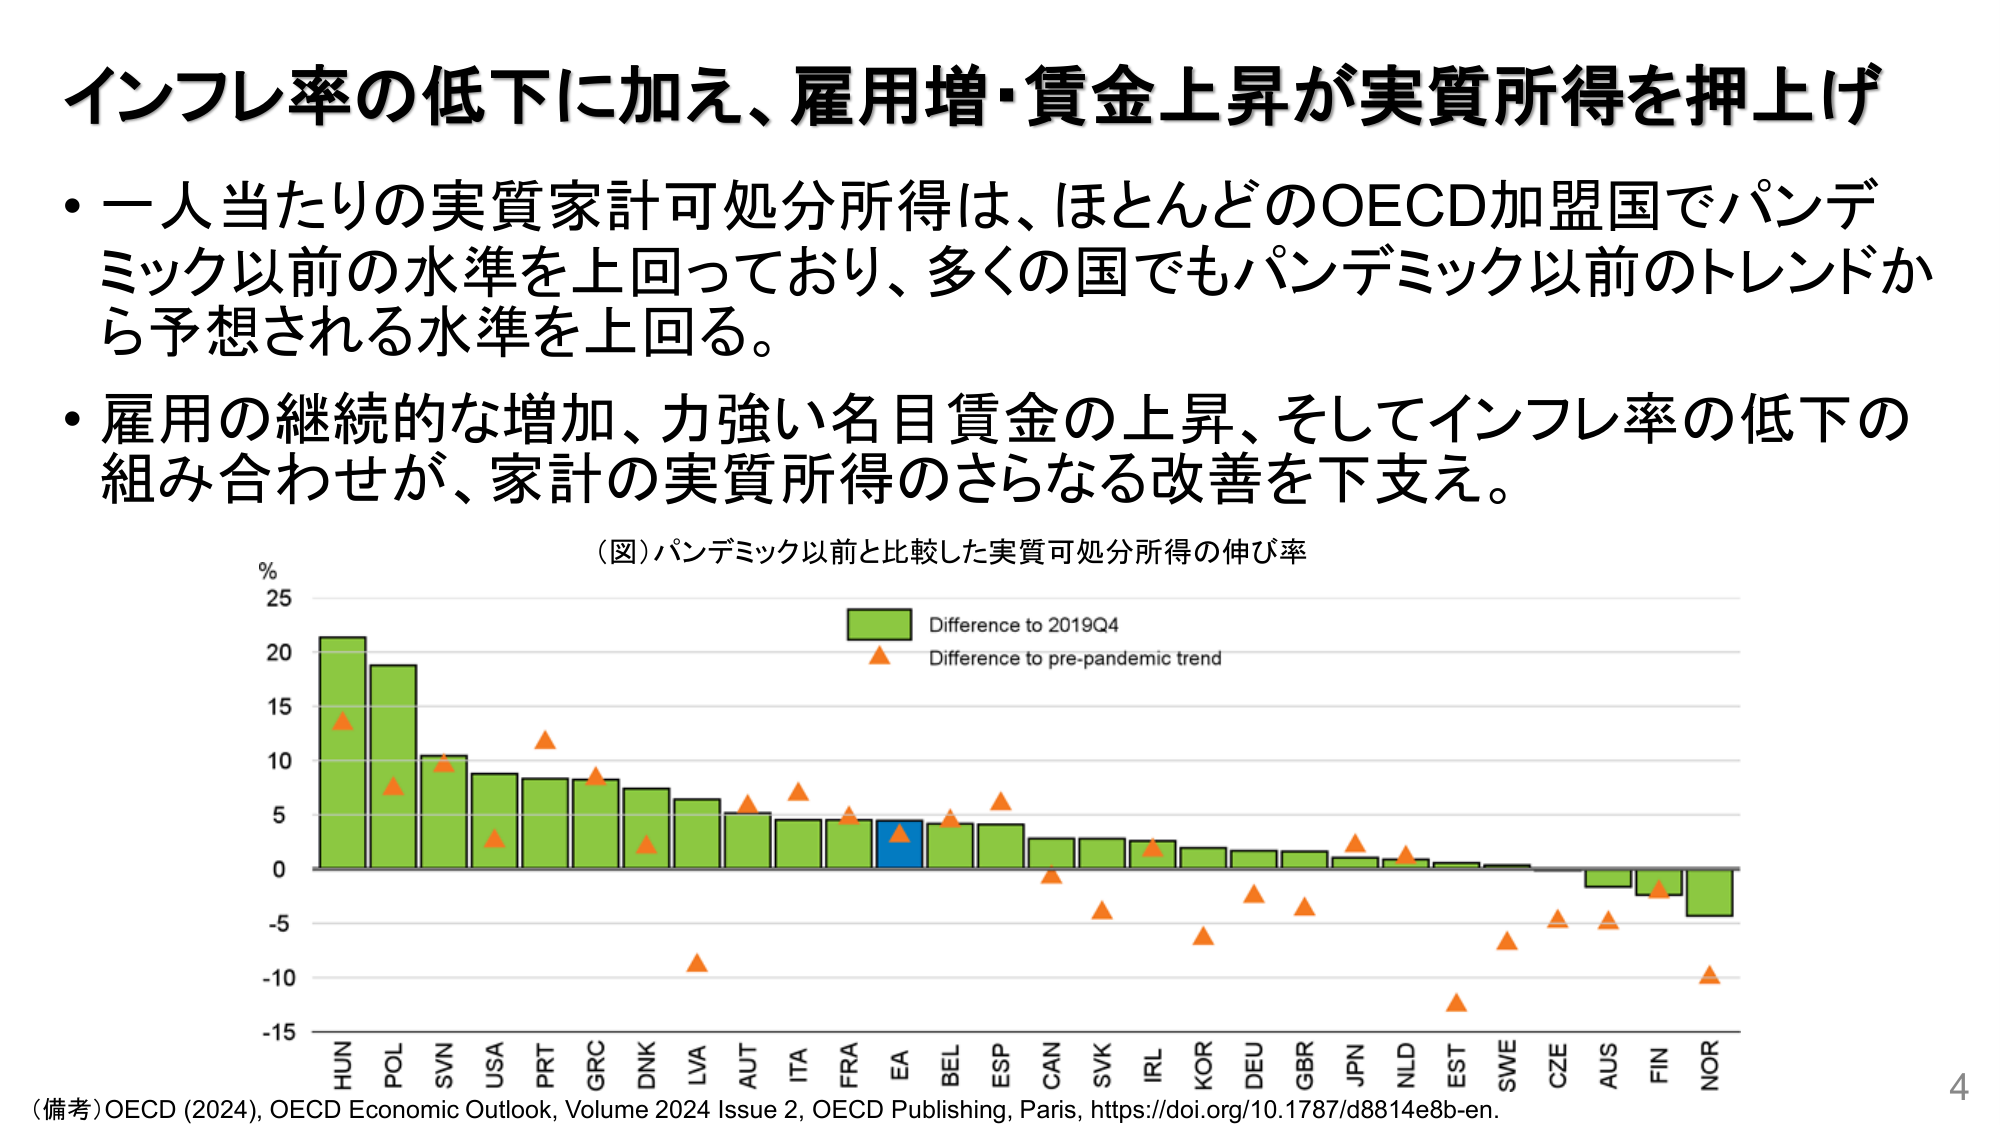
インフレ率の低下に加え、雇用増・賃金上昇が実質所得を押上げ

・一人当たりの実質家計可処分所得は、ほとんどのOECD加盟国でパンデミック以前の水準を上回っており、多くの国でもパンデミック以前のトレンドから予想される水準を上回る。

・雇用の継続的な増加、力強い名目賃金の上昇、そしてインフレ率の低下の組み合わせが、家計の実質所得のさらなる改善を下支え。

（図）パンデミック以前と比較した実質可処分所得の伸び率

%
25
20
15
10
5
0
-5
-10
-15

HUN POL SVN USA PRT GRC DNK LVA AUT ITA FRA EA BEL ESP CAN SVK IRL KOR DEU GBR JPN NLD EST SWE CZE AUS FIN NOR

Difference to 2019Q4
Difference to pre-pandemic trend

（備考）OECD (2024), OECD Economic Outlook, Volume 2024 Issue 2, OECD Publishing, Paris, https://doi.org/10.1787/d8814e8b-en.

4